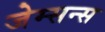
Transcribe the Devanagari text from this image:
जेम्सन्स